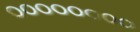
૦૦૦૦૦૦૦૦